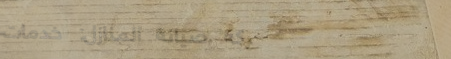
شركة صيانة المنازل: خدمات